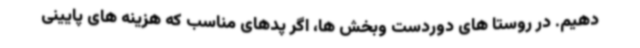
دهیم. در روستا های دوردست وبخش ها، اگر پدهای مناسب که هزینه های پایینی